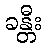
ခန္တီး